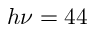
h \nu = 4 4